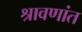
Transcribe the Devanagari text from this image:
श्रावणांत